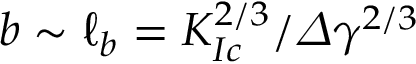
b \sim \ell _ { b } = K _ { I c } ^ { 2 / 3 } / \varDelta \gamma ^ { 2 / 3 }